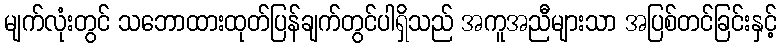
မျက်လုံးတွင် သဘောထားထုတ်ပြန်ချက်တွင်ပါရှိသည် အကူအညီများသာ အပြစ်တင်ခြင်းနှင့်